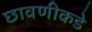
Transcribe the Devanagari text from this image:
छावणीकडे